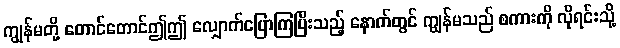
ကျွန်မတို့ တောင်တောင်ဤဤ လျှောက်ပြောကြပြီးသည့် နောက်တွင် ကျွန်မသည် စကားကို လိုရင်းသို့